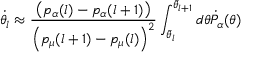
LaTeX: \dot { \theta _ { l } } \approx \frac { \left( p _ { \alpha } ( l ) - p _ { \alpha } ( l + 1 ) \right) } { \left( p _ { \mu } ( l + 1 ) - p _ { \mu } ( l ) \right) ^ { 2 } } \int _ { \bar { \theta } _ { l } } ^ { \bar { \theta } _ { l + 1 } } d \theta \dot { P } _ { \alpha } ( \theta )